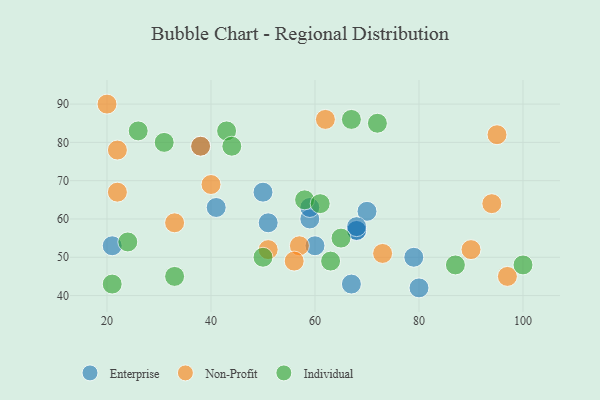
{"axis": {"x": "GDP", "y": "Life Expectancy"}, "legend": ["Enterprise", "Individual", "Non-Profit"], "data": [{"x": "80", "y": 42, "type": "Enterprise"}, {"x": "21", "y": 53, "type": "Enterprise"}, {"x": "68", "y": 57, "type": "Enterprise"}, {"x": "59", "y": 60, "type": "Enterprise"}, {"x": "68", "y": 57, "type": "Enterprise"}, {"x": "38", "y": 79, "type": "Enterprise"}, {"x": "51", "y": 59, "type": "Enterprise"}, {"x": "60", "y": 53, "type": "Enterprise"}, {"x": "79", "y": 50, "type": "Enterprise"}, {"x": "41", "y": 63, "type": "Enterprise"}, {"x": "70", "y": 62, "type": "Enterprise"}, {"x": "50", "y": 67, "type": "Enterprise"}, {"x": "67", "y": 43, "type": "Enterprise"}, {"x": "68", "y": 58, "type": "Enterprise"}, {"x": "59", "y": 63, "type": "Enterprise"}, {"x": "97", "y": 45, "type": "Non-Profit"}, {"x": "40", "y": 69, "type": "Non-Profit"}, {"x": "94", "y": 64, "type": "Non-Profit"}, {"x": "62", "y": 86, "type": "Non-Profit"}, {"x": "57", "y": 53, "type": "Non-Profit"}, {"x": "73", "y": 51, "type": "Non-Profit"}, {"x": "51", "y": 52, "type": "Non-Profit"}, {"x": "90", "y": 52, "type": "Non-Profit"}, {"x": "20", "y": 90, "type": "Non-Profit"}, {"x": "33", "y": 59, "type": "Non-Profit"}, {"x": "22", "y": 78, "type": "Non-Profit"}, {"x": "38", "y": 79, "type": "Non-Profit"}, {"x": "22", "y": 67, "type": "Non-Profit"}, {"x": "95", "y": 82, "type": "Non-Profit"}, {"x": "56", "y": 49, "type": "Non-Profit"}, {"x": "43", "y": 83, "type": "Individual"}, {"x": "100", "y": 48, "type": "Individual"}, {"x": "72", "y": 85, "type": "Individual"}, {"x": "67", "y": 86, "type": "Individual"}, {"x": "87", "y": 48, "type": "Individual"}, {"x": "63", "y": 49, "type": "Individual"}, {"x": "21", "y": 43, "type": "Individual"}, {"x": "31", "y": 80, "type": "Individual"}, {"x": "44", "y": 79, "type": "Individual"}, {"x": "24", "y": 54, "type": "Individual"}, {"x": "65", "y": 55, "type": "Individual"}, {"x": "33", "y": 45, "type": "Individual"}, {"x": "58", "y": 65, "type": "Individual"}, {"x": "61", "y": 64, "type": "Individual"}, {"x": "26", "y": 83, "type": "Individual"}, {"x": "50", "y": 50, "type": "Individual"}]}